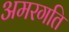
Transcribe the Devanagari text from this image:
अमरगति